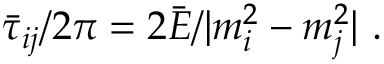
\bar { \tau } _ { i j } / 2 \pi = 2 \bar { E } / | m _ { i } ^ { 2 } - m _ { j } ^ { 2 } | ~ .